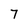
Character: 7